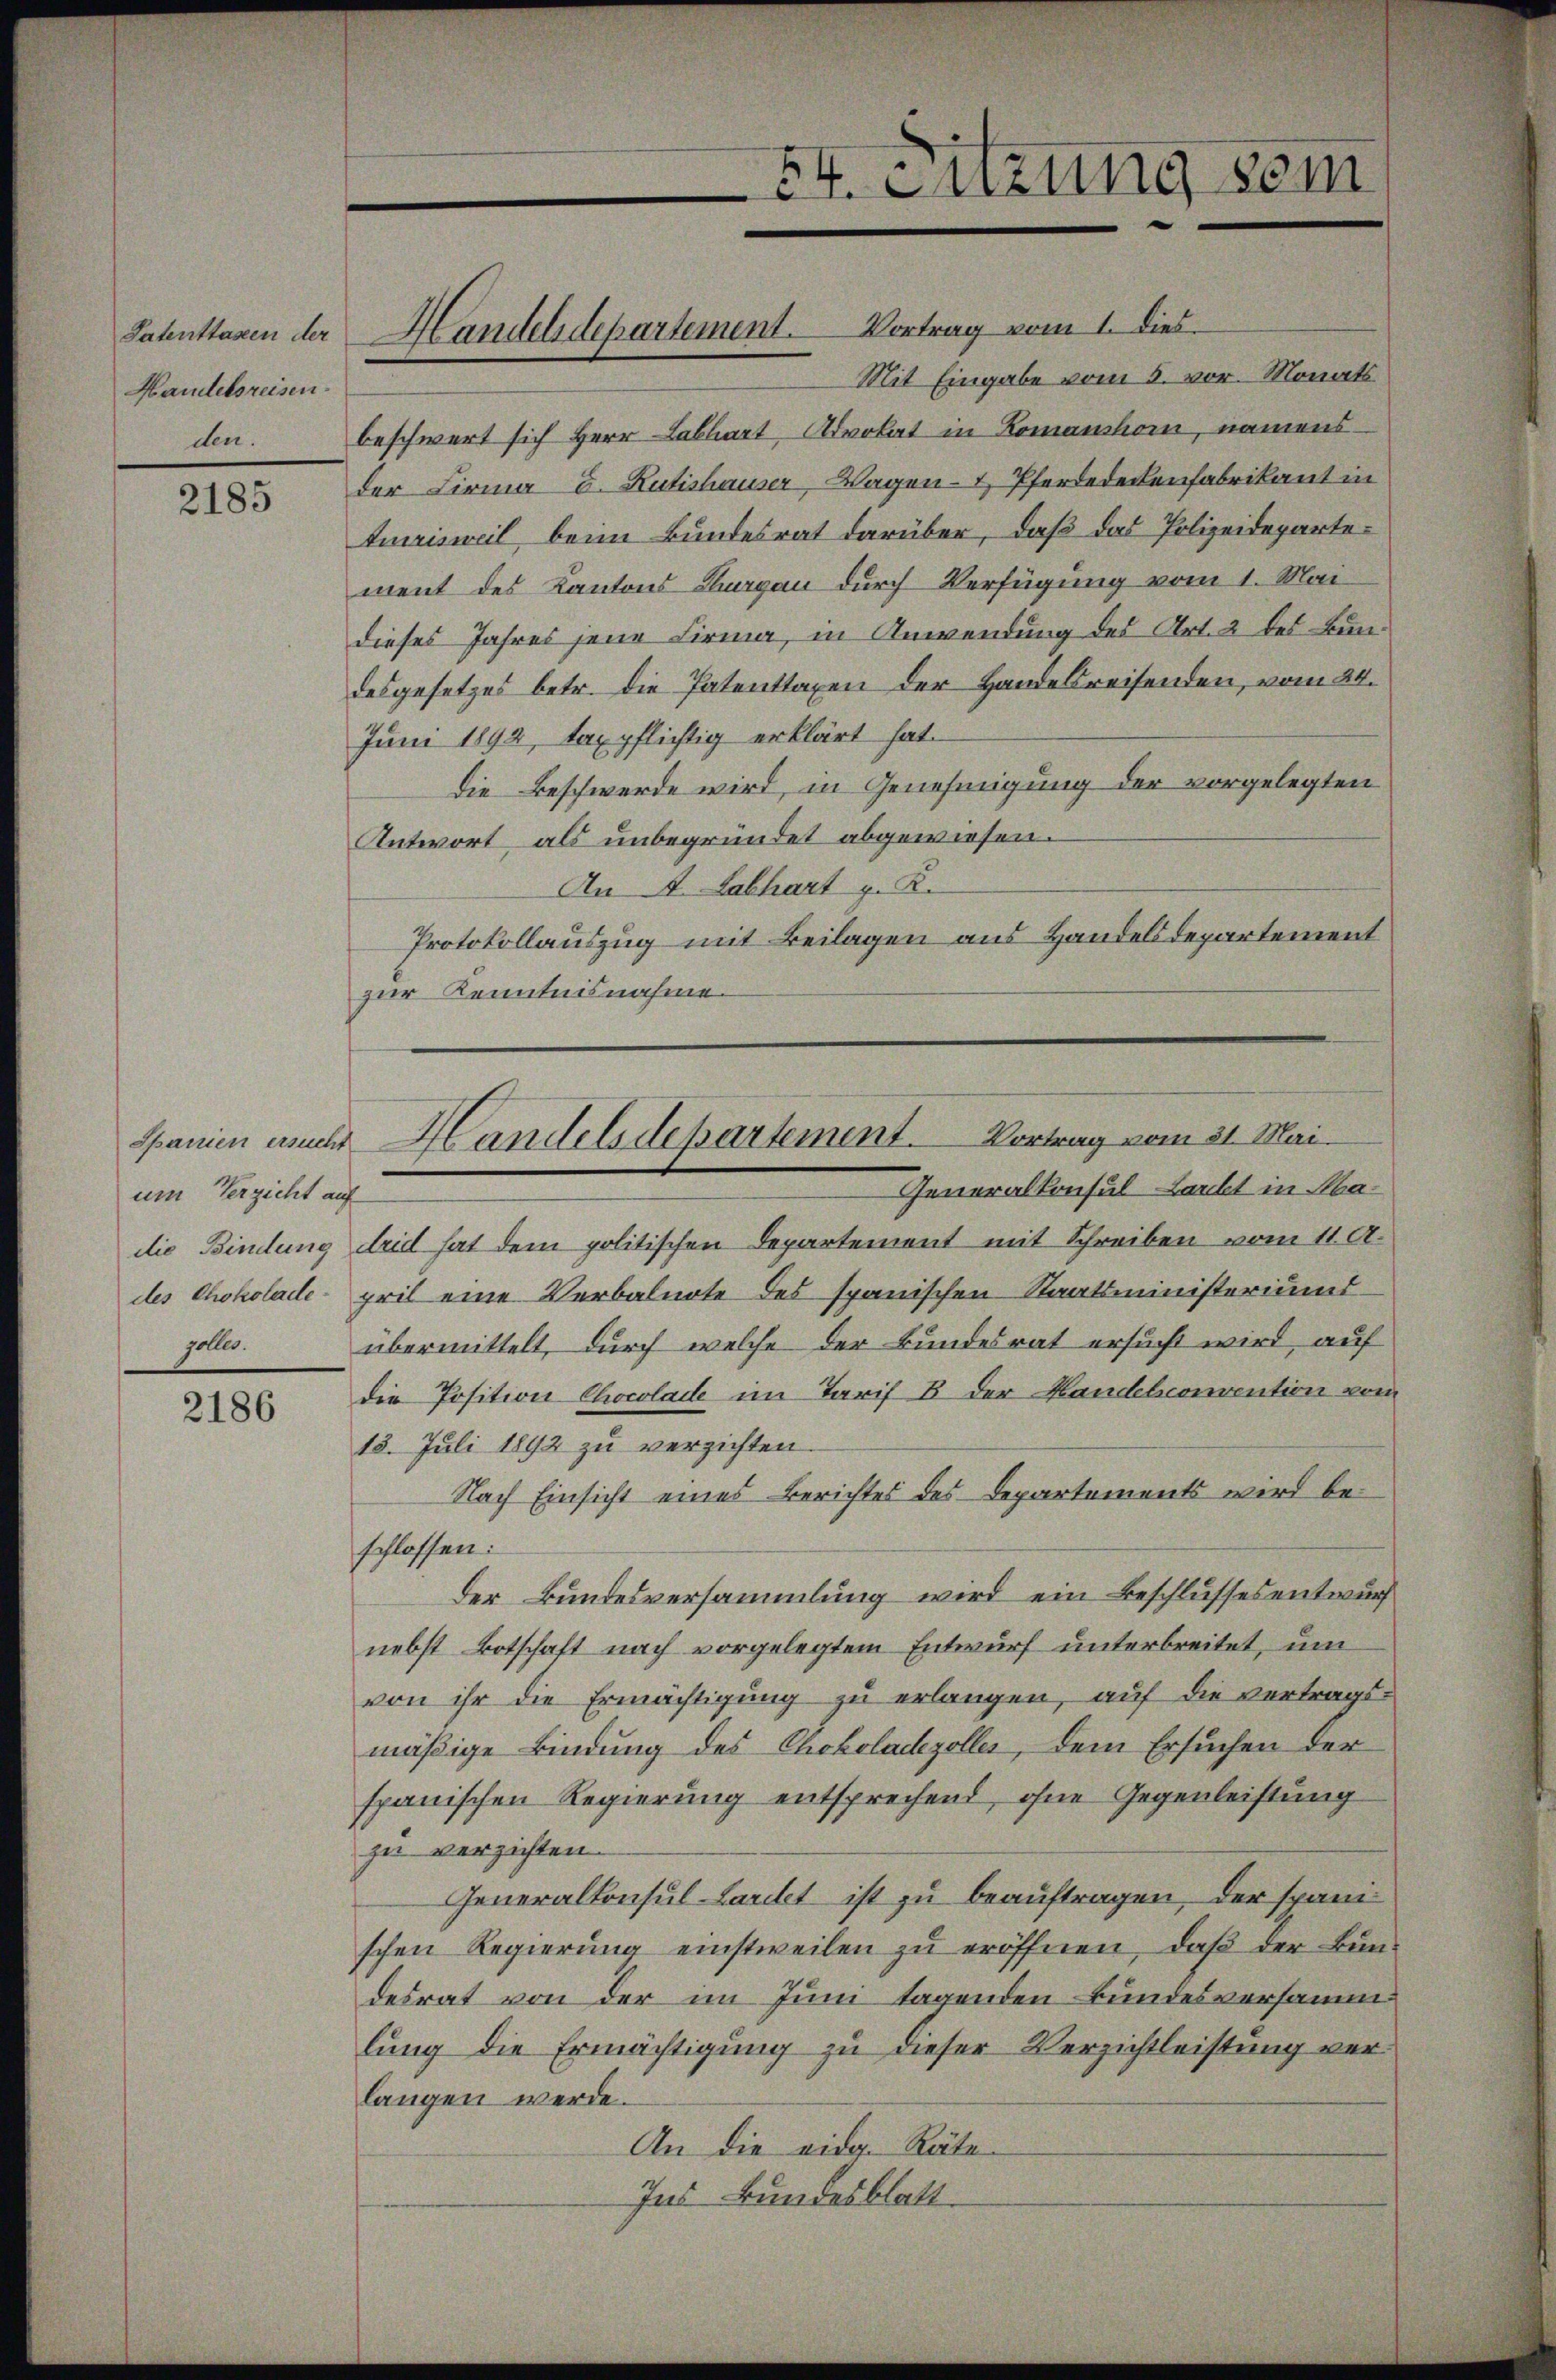
Handelsreisen.
den.

2185

um Verzicht auf
solle.

2186

Mit Eingabe vom 5. vor. Monats
beschwert sich Herr Labhart, Advokat in Komanshom, namens-
der Firma E. Rütishauser, Wagen- & Pferdedeckenfabrikant in
Amrisweil, beim Bundesrat darüber, daß das Polizeidepartement des Kantons Thurgau durch Verfügung vom 1. Mai
dieses Jahres jene Firma, in Anwendung des Art. 2 des Bundesgesetzes betr. die Patenttaxen der Handesreisenden, vom 24.
Juni 1892, taxpflichtig erklärt hat.
Die Beschwerde wird, in Genehmigung der vorgelegten
Antwort, als unbegründet abgewiesen.
An A. Labhart z. K.
Protokollauszug mit Beilagen aus Handelsdepartement
zur Kenntnisnahme.

Patenttassen der Handelsdepartement. Vortrag vom 1. dies

E4. Sitzung sein

Spanien einer Handelsdepartement. Vortrag vom 31. Mai.
Generalkonsul-Laubt in Ma¬

die Bindung drid hat dem politischen Departement mit Schreiben vom 11. A.
des Chokolade-pril eine Verbalnote des spanischen Staatsministeriums
übermittelt, durch welche der Bundesrat ersucht wird, auf
die Position Chocolade im Tarif B. der Handelsconvention vom
15. Juli 1892 zu verzichten.
Nach Einsicht eines Berichtes des Departements wird beschlossen:
Der Bundesversammlung wird ein Beschlusses entwurf
nebst Botschaft nach vorgelegtem Entwurf unterbreitet, um
von ihr die Ermächtigung zu erlangen, auf die vertrags-
mäßige Bindung des Chokoladezolles, dem Ersuchen der
spanischen Regierung entsprechend, ohne Gegenleistung
zu verzichten.
Generalkonsul-Larilet ist zu beauftragen, der spanischen Regierŭng einstweilen zŭ eröffnen, daβ der Bŭn-
desrat von der im Juni tagenden Bundesversammlung die Ermächtigung zu dieser Verzichtleistung verlangen werde.
An die eidg. Räte
Ins Bundesblatt